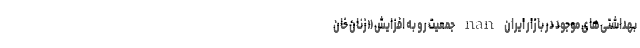
بهداشتی‌های موجود در بازار ایران nan جمعیت رو به افزایش «زنان خان